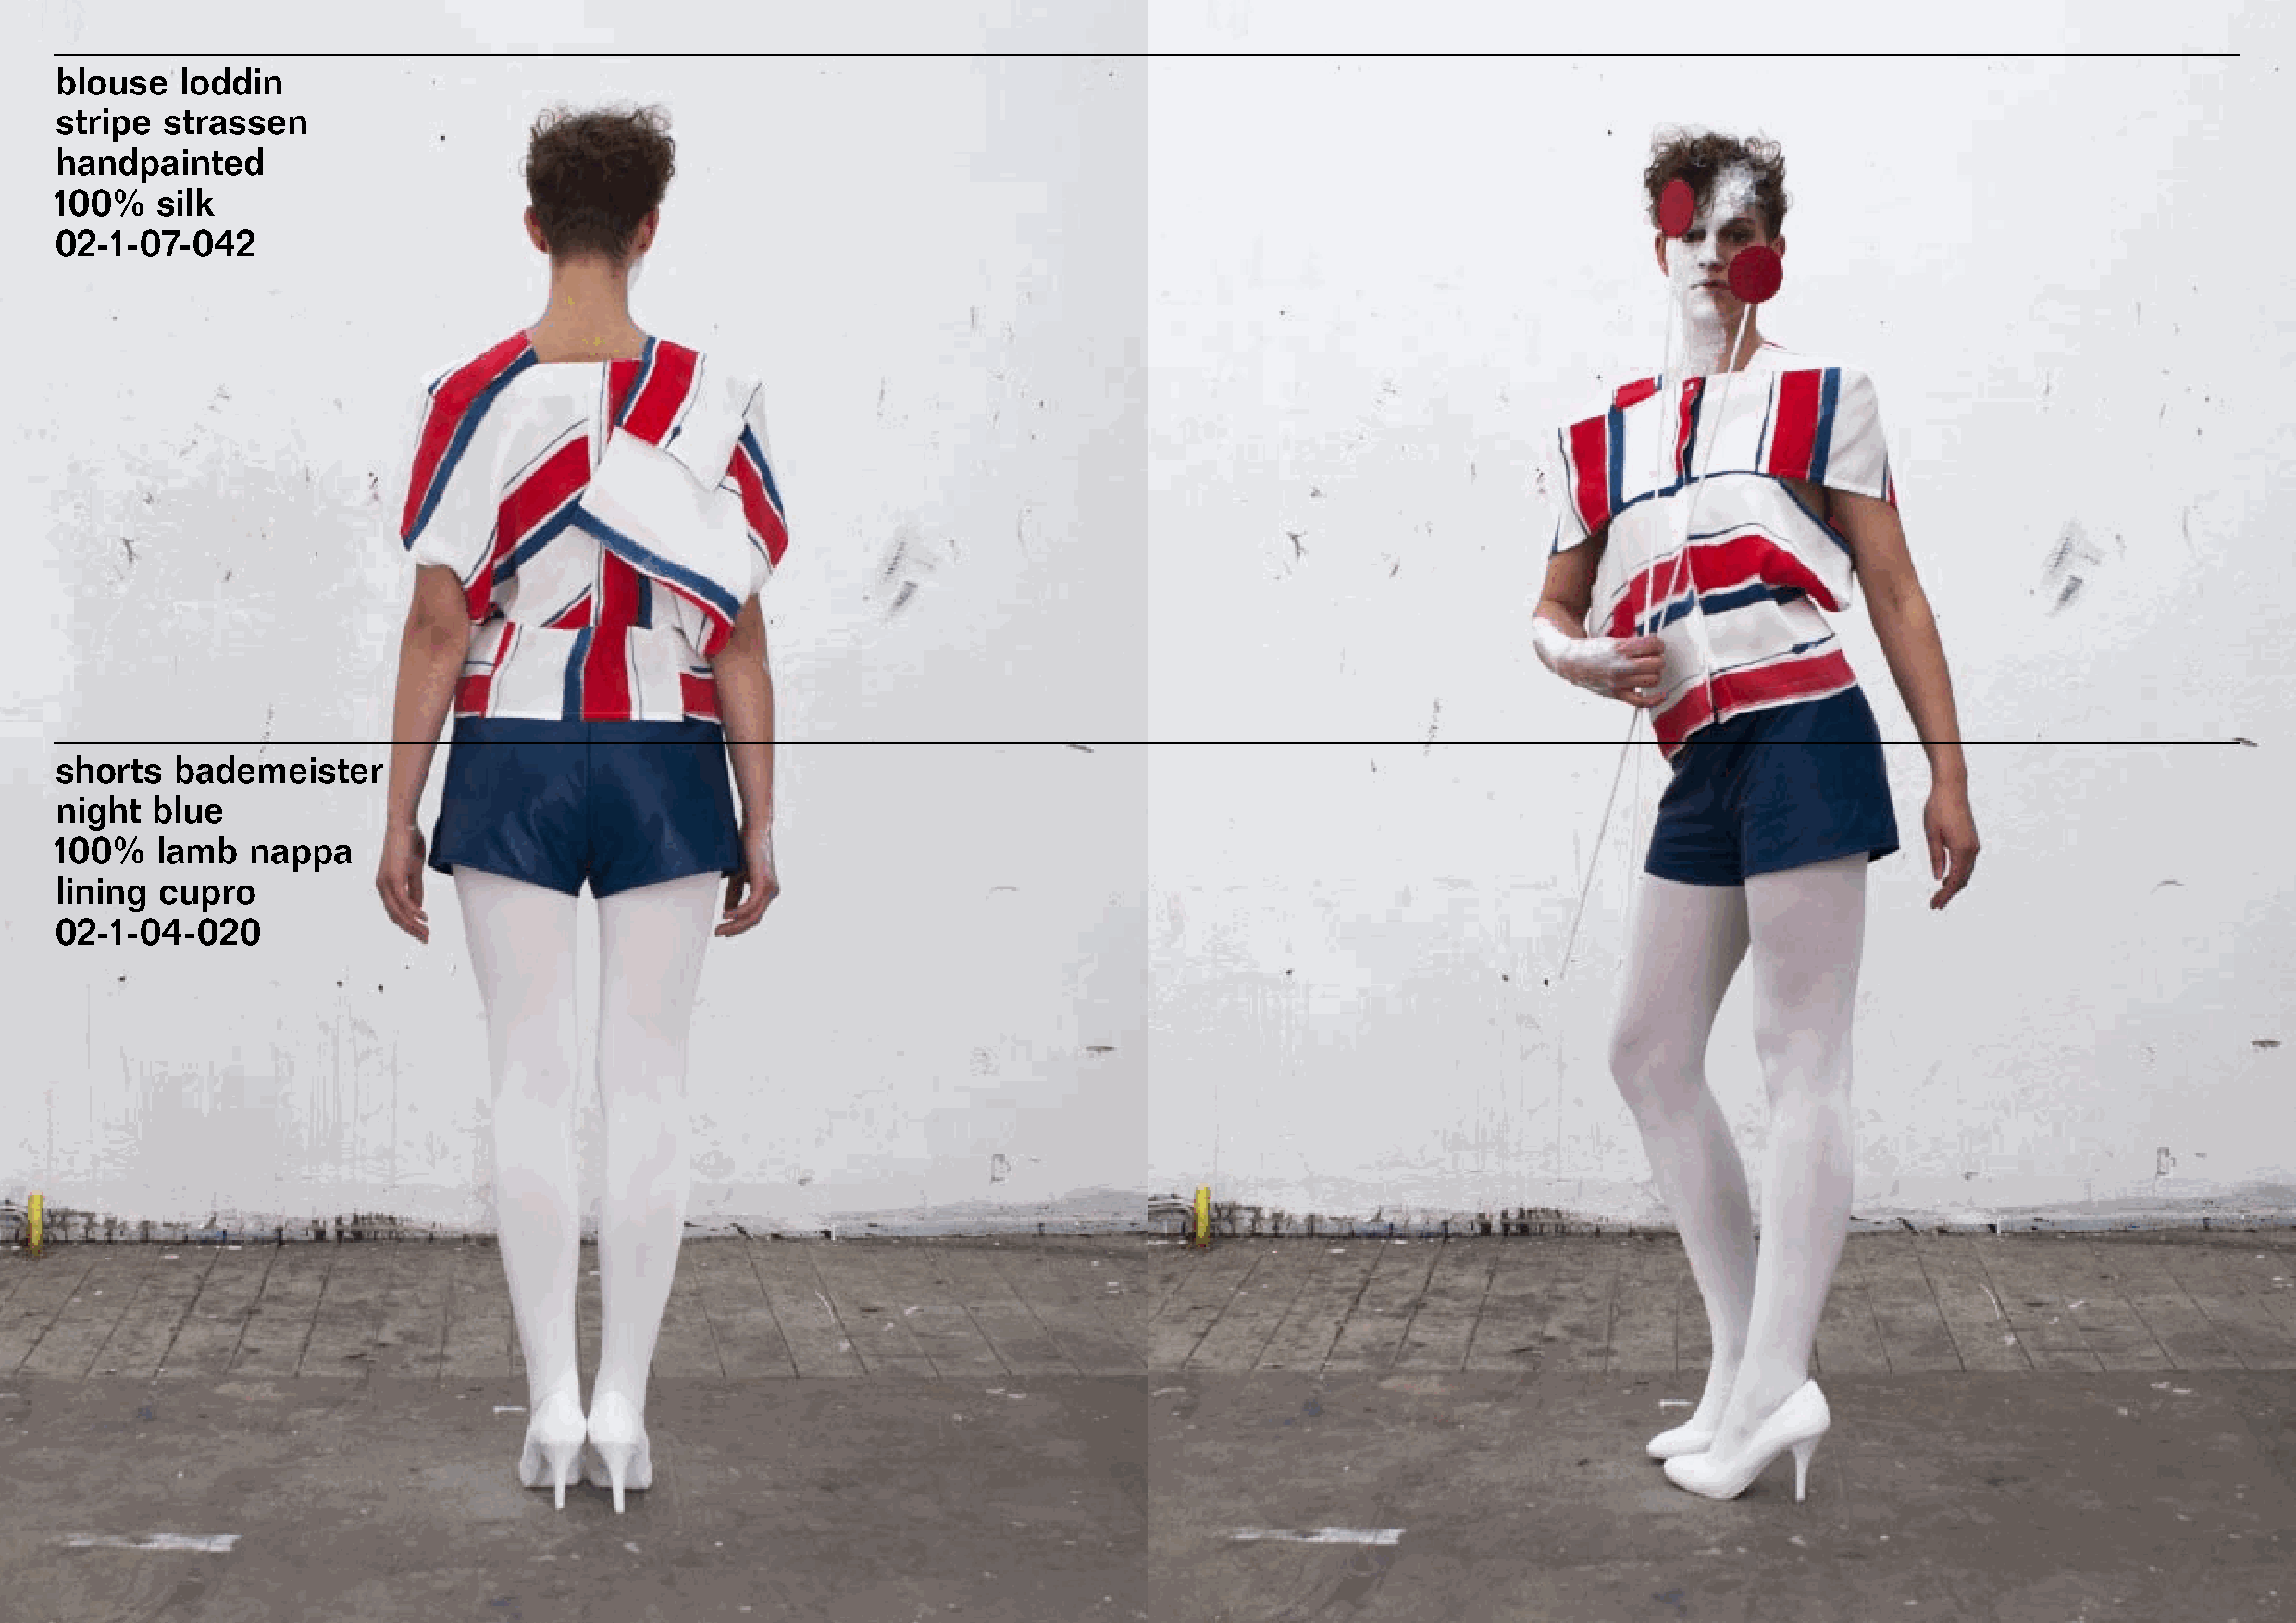
blouse   loddin
 stripe  strassen
 handpainted
 100%   silk
 02-1-07-042
 shorts  bademeister
 night  blue
 100%   lamb   nappa
 lining cupro
 02-1-04-020